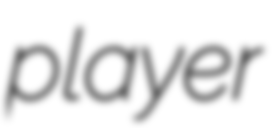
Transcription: player